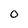
Character: O